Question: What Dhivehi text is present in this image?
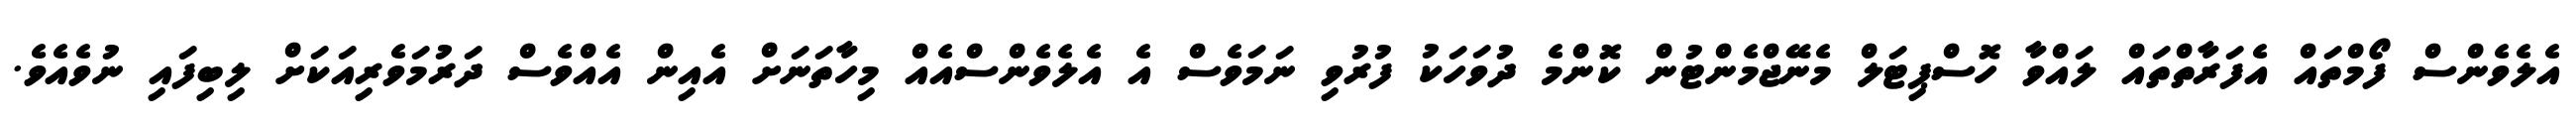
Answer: އެލެވެންސް ފޯމްތައް އެފަރާތްތައް ލައްވާ ހޮސްޕިޓަލް މެނޭޖްމެންޓުން ކޮންމެ ދުވަހަކު ފުރުވި ނަމަވެސް އެ އެލެވެންސްއެއް މިހާތަނަށް އެއިން އެއްވެސް ދަރުމަވެރިއަކަށް ލިބިފައި ނުވެއެވެ.